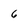
Character: 6